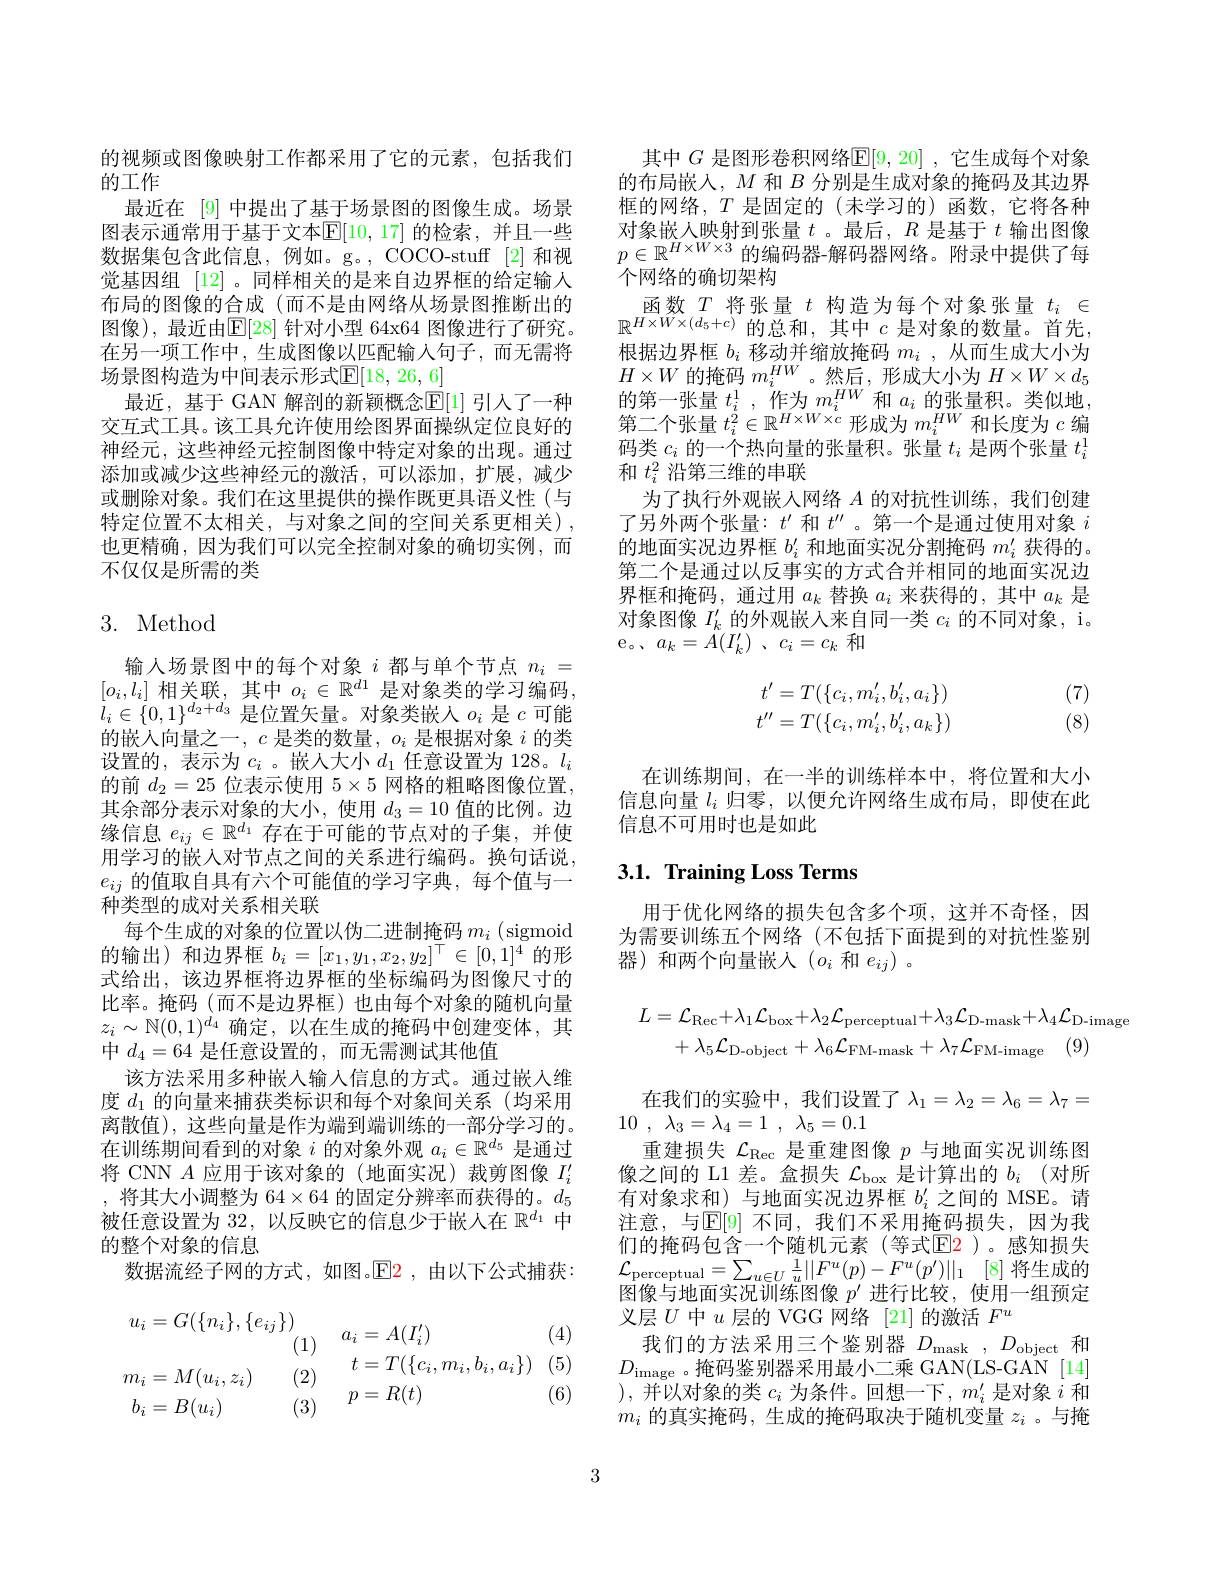
的视频或图像映射工作都采用了它的元素，包括我们
的工作
最近在 [9] 中提出了基于场景图的图像生成。场景图表示通常用于基于文本$\mathbb{E}[10,17]$ 的检索，并且一些数据集包含此信息，例如。g。,COCO-stuff [2]和视觉基因组 [12] 。同样相关的是来自边界框的给定输入布局的图像的合成(而不是由网络从场景图推断出的图像),最近由$\mathbb{E}[28]$ 针对小型 64x64 图像进行了研究。在另一项工作中，生成图像以匹配输入句子，而无需将场景图构造为中间表示形式$\mathbb{E}[18,26,6]$
最近，基于 GAN 解剖的新颖概念$\mathbb{E}[1]$ 引人了一种交互式工具。该工具允许使用绘图界面操纵定位良好的神经元，这些神经元控制图像中特定对象的出现。通过添加或减少这些神经元的激活，可以添加，扩展，减少或删除对象。我们在这里提供的操作既更具语义性(与特定位置不太相关，与对象之间的空间关系更相关). 也更精确，因为我们可以完全控制对象的确切实例，而不仅仅是所需的类

## 3. Method

输人场景图中的每个对象$i$都与单个节点$n_i=$ $[o_i,l_i]$ 相关联，其中$o_i\in\mathbb{R}^d1$ 是对象类的学习编码$l_i\in\{0,1\}^{d_2+d_3}$是位置矢量。对象类嵌人$o_i$是$c$可能的嵌入向量之一$,c$是类的数量$,o_i$是根据对象$i$的类设置的，表示为$c_i$ 。嵌人大小$d_1$任意设置为 128。$l_i$ 的前$d_2=25$位表示使用$5\times5$网格的粗略图像位置， 其余部分表示对象的大小，使用$d_3=10$值的比例。边缘信息$e_{ij}\in\mathbb{R}^{d_1}$存在于可能的节点对的子集，并使用学习的嵌入对节点之间的关系进行编码。换句话说， $e_{ij}$的值取自具有六个可能值的学习字典，每个值与一种类型的成对关系相关联
每个生成的对象的位置以伪二进制掩码$m_i$ ( sigmoid 的输出)和边界框$b_i=[x_1,y_1,x_2,y_2]^\top\in[0,1]^4$的形式给出，该边界框将边界框的坐标编码为图像尺寸的比率。掩码(而不是边界框)也由每个对象的随机向量$z_i\sim\mathbb{N}(0,1)^{d_4}$确定，以在生成的掩码中创建变体，其中$d_4=64$是任意设置的 ,而无需测试其他值
该方法采用多种嵌人输入信息的方式。通过嵌入维度$d_1$的向量来捕获类标识和每个对象间关系(均采用离散值),这些向量是作为端到端训练的一部分学习的。在训练期间看到的对象$i$的对象外观$a_i\in\mathbb{R}^d_5$是通过将 CNN $A$应用于该对象的(地面实况)裁剪图像$I_i^{\prime}$ ,将其大小调整为$64\times64$的固定分辨率而获得的。$d_5$ 被任意设置为32，以反映它的信息少于嵌人在$\mathbb{R}^{d_1}$中的整个对象的信息
数据流经子网的方式，如图。$\color{red}{\mathrm{E2}}$,由以下公式捕获：

(4)
$$\begin{aligned}u_{i}&=G(\{n_{i}\},\{e_{ij}\})\quad a_{i}&=A(I_{i}^{\prime})\\&(1)\quad t=T(\{c_{i},m_{i},b_{i},a_{i}\})\\m_{i}&=M(u_{i},z_{i})\quad(2)\quad t=T(\{c_{i},m_{i},b_{i},a_{i}\})\\b_{i}&=B(u_{i})\quad(3)\quad p=R(t)\end{aligned}$$
(6)

其中 $G$ 是图形卷积网络$\mathbb{E}[9,20]$ ,它生成每个对象的布局嵌入，$M$和$B$分别是生成对象的掩码及其边界框的网络，$T$是固定的(未学习的)函数，它将各种对象嵌入映射到张量$t$ 。最后，$R$是基于$t$输出图像$p\in\mathbb{R}^{H\times W\times3}$的编码器-解码器网络。附录中提供了每个网络的确切架构
函数$T$将张量$t$构造为每个对象张量$t_i\in$ $\mathbb{R}^{H\times W\times(d_5+c)}$的总和，其中$c$是对象的数量。首先， 根据边界框$b_i$移动并缩放掩码$m_i$ ,从而生成大小为$H\times W$的掩码$m_i^{HW}$。然后，形成大小为$H\times W\times d_5$ 的第一张量$t_i^1$,作为$m_i^{HW}$和$a_i$的张量积。类似地， 第二个张量$t_i^2\in\mathbb{R}^{H\times W\times c}$形成为$m_i^{HW}$和长度为$c$编码类$c_i$的一个热向量的张量积。张量$t_i$是两个张量$t_i^1$ 和$t_i^2$沿第三维的串联
为了执行外观嵌人网络$A$的对抗性训练，我们创建了另外两个张量：$t^\prime$和$t^{\prime\prime}$ 。第一个是通过使用对象$i$ 的地面实况边界框$b_i^{\prime}$和地面实况分割掩码$m_i^{\prime}$获得的。第二个是通过以反事实的方式合并相同的地面实况边界框和掩码，通过用$a_k$替换$a_i$来获得的，其中$a_k$是对象图像$I_k^{\prime}$的外观嵌入来自同一类$c_i$的不同对象，i。e。、$a_k= A( I_{k}^{\prime })$ , $c_{i}= c_{k}$和
$$\begin{matrix}t'=T(\{c_i,m_i',b_i',a_i\})\\t''=T(\{c_i,m_i',b_i',a_k\})\end{matrix}$$
(7) (8)

在训练期间，在一半的训练样本中，将位置和大小信息向量$l_i$归零，以便允许网络生成布局，即使在此信息不可用时也是如此

## 3.1. Training Loss Terms

用于优化网络的损失包含多个项，这并不奇怪，因为需要训练五个网络(不包括下面提到的对抗性鉴别器)和两个向量嵌入$(o_i$ 和 $e_ij)$。
$$L=\mathcal{L}_{\mathrm{Rec}}+\lambda_{1}\mathcal{L}_{\mathrm{box}}+\lambda_{2}\mathcal{L}_{\mathrm{perceptual}}+\lambda_{3}\mathcal{L}_{\mathrm{D-mask}}+\lambda_{4}\mathcal{L}_{\mathrm{D-image}}\\+\lambda_{5}\mathcal{L}_{\mathrm{D-object}}+\lambda_{6}\mathcal{L}_{\mathrm{FM-mask}}+\lambda_{7}\mathcal{L}_{\mathrm{FM-image}}\quad(9)$$
在我们的实验中，我们设置了$\lambda_1=\lambda_2=\lambda_6=\lambda_7=$
10 , $\lambda _3= \lambda _4= 1$ , $\lambda _5= 0. 1$
重建损失$\mathcal{L}_\mathrm{Rec}$是重建图像$p$与地面实况训练图像之间的 L1 差。盒损失$\mathcal{L}_\mathrm{box}$是计算出的$b_i$ (对所有对象求和)与地面实况边界框$b_i^{\prime}$之间的 MSE。请注意，与$\mathbb{E}[9]$ 不同，我们不采用掩码损失，因为我们的掩码包含一个随机元素(等式$\color{red}{\mathrm{E}}\color{red}{\mathrm{E}}\color{red}{\mathrm{E}}\color{red}{\mathrm{E}}\color{red}{\mathrm{E}}\color{red}{\mathrm{E}}\color{red}{\mathrm{E}}\color{red}{\mathrm{E}}\color{red}{\mathrm{E}}\color{red}{\operatorname*{E}}\color{red}{\mathrm{E}}\color{red}{\mathrm{E}}\color{red}{\mathrm{E}}\color{red}{\mathrm{E}}\color{red}{\mathrm{E}}\color{red}{\mathrm{E}}\color{red}{\mathrm{E}}\color{red}{\mathrm{E}}\color{reed}{\mathrm{E}}\color{red}{\mathrm{E}}\color{red}{\mathrm{E}}\color{red}$ $\mathcal{L} _{\mathrm{perceptual}}= \sum _{u\in U}\frac 1u| | F^u( p) - F^u( p^\prime ) | | _1$ [8]将生成的图像与地面实况训练图像$p^{\prime}$进行比较，使用一组预定义层$U$中$u$层的 VGG 网络 [21] 的激活$F^u$
我们的方法采用三个鉴别器$D_\mathrm{mask}$ $, D_\mathrm{object}$和$D_{\mathrm}$。掩码鉴别器采用最小二乘 GAN(LS-GAN[14] ),并以对象的类$c_i$为条件。回想一下，$m_i^\prime$是对象$i$和$m_i$的真实掩码，生成的掩码取决于随机变量$z_i$ 。与掩

3